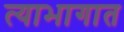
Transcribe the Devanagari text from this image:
त्याभागात